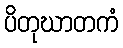
ပိတုဃာတကံ